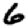
Digit: 6